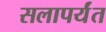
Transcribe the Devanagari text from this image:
सलापर्यंत